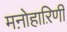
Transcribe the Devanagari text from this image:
मऩोहाऱिणी